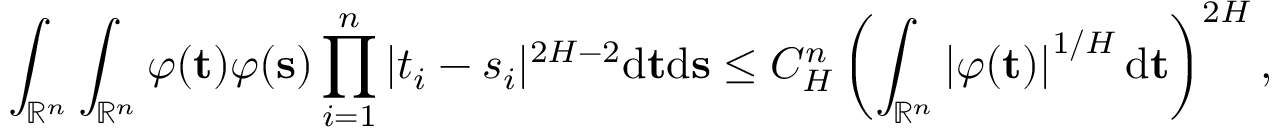
\int _ { \mathbb { R } ^ { n } } \int _ { \mathbb { R } ^ { n } } \varphi ( \mathbf t ) \varphi ( \mathbf { s } ) \prod _ { i = 1 } ^ { n } | t _ { i } - s _ { i } | ^ { 2 H - 2 } \ensuremath { \mathrm { d } } \mathbf { t } \ensuremath { \mathrm { d } } \mathbf { s } \le C _ { H } ^ { n } \left( \int _ { \mathbb { R } ^ { n } } \left| \varphi ( \mathbf { t } ) \right| ^ { 1 / H } \ensuremath { \mathrm { d } } \mathbf { t } \right) ^ { 2 H } ,